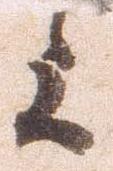
上